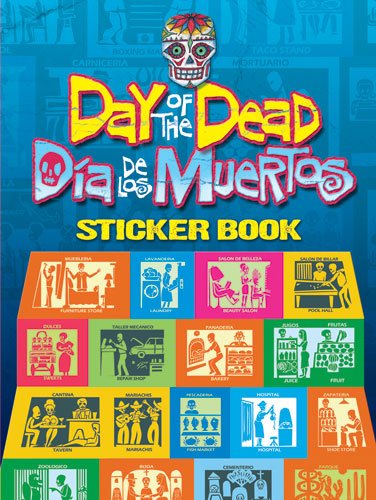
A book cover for Day of the Dead/Dia de los Muertos Sticker Book (Dover Stickers); Kwei-lin Lum; Politics & Social Sciences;